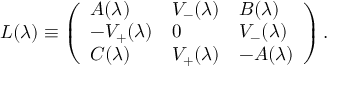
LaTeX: L ( \lambda ) \equiv \left( \begin{array} { l l l } { { A ( \lambda ) } } & { { V \sb - ( \lambda ) } } & { { B ( \lambda ) } } \\ { { - V \sb + ( \lambda ) } } & { { 0 } } & { { V \sb - ( \lambda ) } } \\ { { C ( \lambda ) } } & { { V \sb + ( \lambda ) } } & { { - A ( \lambda ) } } \end{array} \right) .